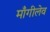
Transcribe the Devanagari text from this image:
माँगीलेव